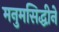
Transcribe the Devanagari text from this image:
मनुमसिद्धीने